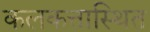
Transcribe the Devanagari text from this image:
कलकत्तास्थित